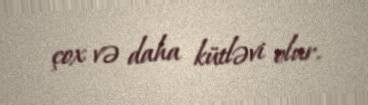
çox və daha kütləvi olur.